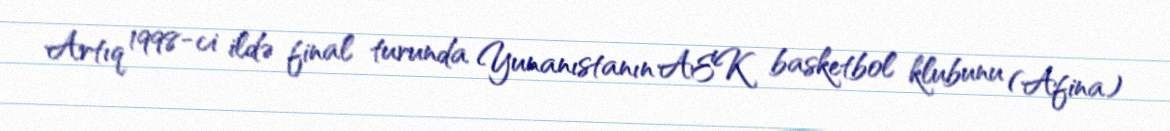
Artıq 1998-ci ildə final turunda Yunanıstanın AEK basketbol klubunu (Afina)